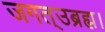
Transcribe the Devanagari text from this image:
जगत्उब्रह्म।